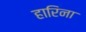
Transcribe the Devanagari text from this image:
हारिना